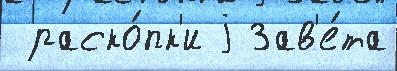
 раско́пк'и j Зав'е́та